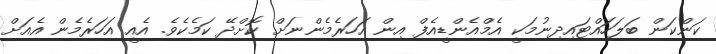
ކަންކަން ބަލަހައްޓައިދިނުމަކީ އެމްއެންޑީއެފް އިން އަހަރެމެންނަށް ކޮށްދޭ ކަމެކެވެ. އެއީ އަހަރެމެން އެއަށް